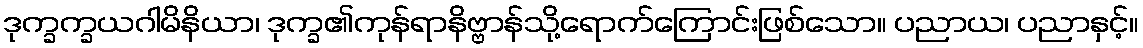
ဒုက္ခက္ခယဂါမိနိယာ၊ ဒုက္ခ၏ကုန်ရာနိဗ္ဗာန်သို့ရောက်ကြောင်းဖြစ်သော။ ပညာယ၊ ပညာနှင့်။